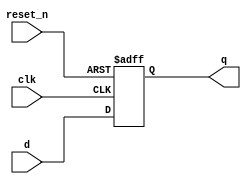
module flip_flop (
    input wire clk,        // Clock signal
    input wire reset_n,   // Active-low reset signal
    input wire d,         // Data input
    output reg q          // Data output
);

    // Sequential logic block
    always @ (posedge clk or negedge reset_n) begin
        if (!reset_n) begin
            // Reset condition
            q <= 1'b0;   // Set output to 0 during reset
        end else begin
            // State update
            q <= d;      // Assign input data to output
        end
    end

endmodule